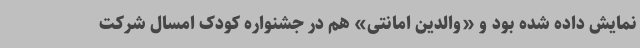
نمایش داده شده بود و «والدین امانتی» هم در جشنواره کودک امسال شرکت